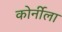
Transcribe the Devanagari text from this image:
कोर्नीला